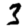
Digit: 3